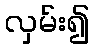
လှမ်း၍